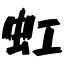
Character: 虹